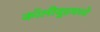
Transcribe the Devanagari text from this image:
कॉलीवूडमध्ये